Civil Veterinary Dept. Assam report 1927-50 - 1927-1950
Year: 1927
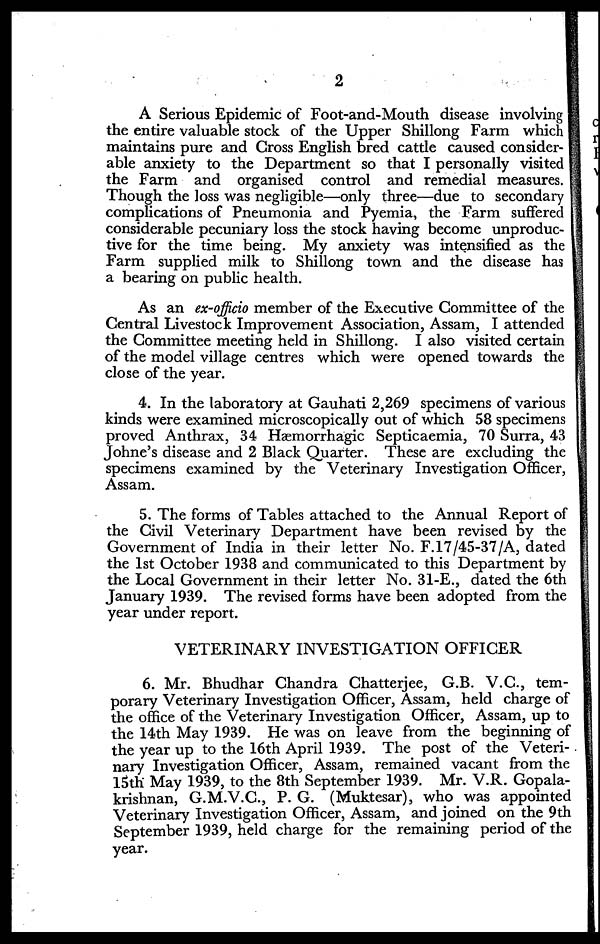
2
A Serious Epidemic of Foot-and-Mouth disease involving
the entire valuable stock of the Upper Shillong Farm which
maintains pure and Gross English bred cattle caused consider-
able anxiety to the Department so that I personally visited
the Farm and organised control and remedial measures.
Though the loss was negligible—only three—due to secondary
complications of Pneumonia and Pyemia, the Farm suffered
considerable pecuniary loss the stock having become unproduc-
tive for the time being. My anxiety was intensified as the
Farm supplied milk to Shillong town and the disease has
a bearing on public health.
As an ex-officio member of the Executive Committee of the
Central Livestock Improvement Association, Assam, I attended
the Committee meeting held in Shillong. I also visited certain
of the model village centres which were opened towards the
close of the year.
4. In the laboratory at Gauhati 2,269 specimens of various
kinds were examined microscopically out of which 58 specimens
proved Anthrax, 34 Hæmorrhagic Septicæmia, 70 Surra, 43
Johne's disease and 2 Black Quarter. These are excluding the
specimens examined by the Veterinary Investigation Officer,
Assam.
5. The forms of Tables attached to the Annual Report of
the Civil Veterinary Department have been revised by the
Government of India in their letter No. F.17/45-37/A, dated
the 1st October 1938 and communicated to this Department by
the Local Government in their letter No. 31-E., dated the 6th
January 1939. The revised forms have been adopted from the
year under report.
VETERINARY INVESTIGATION OFFICER
6. Mr. Bhudhar Chandra Chatterjee, G.B. V.C., tem-
porary Veterinary Investigation Officer, Assam, held charge of
the office of the Veterinary Investigation Officer, Assam, up to
the 14th May 1939. He was on leave from the beginning of
the year up to the 16th April 1939. The post of the Veteri-
nary Investigation Officer, Assam, remained vacant from the
15th May 1939, to the 8th September 1939. Mr. V.R. Gopala-
krishnan, G.M.V.C., P. G. (Muktesar), who was appointed
Veterinary Investigation Officer, Assam, and joined on the 9th
September 1939, held charge for the remaining period of the
year.